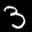
Label: 3